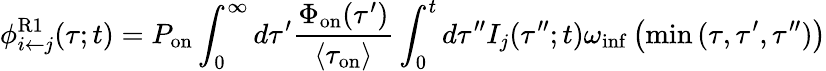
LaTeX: \phi_{i\leftarrow j}^{\mathrm{R1}}(\tau;t)=P_{\mathrm{on}}\int_{0}^{\infty}d\tau^{\prime}\frac{\Phi_{\mathrm{on}}(\tau^{\prime})}{\langle\tau_{\mathrm{on}}\rangle}\int_{0}^{t}d\tau^{\prime\prime}I_{j}(\tau^{\prime\prime};t)\omega_{\mathrm{inf}}\left(\operatorname*{min}{(\tau,\tau^{\prime},\tau^{\prime\prime})}\right)